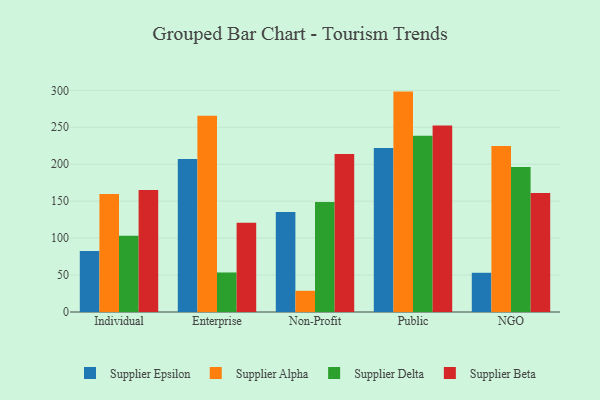
{"axis": {"x": "Segment", "y": "Net Income (USD K)"}, "legend": ["Supplier Alpha", "Supplier Beta", "Supplier Delta", "Supplier Epsilon"], "data": [{"x": "Individual", "y": 82.4, "type": "Supplier Epsilon"}, {"x": "Individual", "y": 159.8, "type": "Supplier Alpha"}, {"x": "Individual", "y": 103.2, "type": "Supplier Delta"}, {"x": "Individual", "y": 165.0, "type": "Supplier Beta"}, {"x": "Enterprise", "y": 207.0, "type": "Supplier Epsilon"}, {"x": "Enterprise", "y": 265.5, "type": "Supplier Alpha"}, {"x": "Enterprise", "y": 53.5, "type": "Supplier Delta"}, {"x": "Enterprise", "y": 120.7, "type": "Supplier Beta"}, {"x": "Non-Profit", "y": 135.2, "type": "Supplier Epsilon"}, {"x": "Non-Profit", "y": 28.7, "type": "Supplier Alpha"}, {"x": "Non-Profit", "y": 148.9, "type": "Supplier Delta"}, {"x": "Non-Profit", "y": 214.0, "type": "Supplier Beta"}, {"x": "Public", "y": 222.0, "type": "Supplier Epsilon"}, {"x": "Public", "y": 298.3, "type": "Supplier Alpha"}, {"x": "Public", "y": 238.6, "type": "Supplier Delta"}, {"x": "Public", "y": 252.5, "type": "Supplier Beta"}, {"x": "NGO", "y": 53.1, "type": "Supplier Epsilon"}, {"x": "NGO", "y": 224.7, "type": "Supplier Alpha"}, {"x": "NGO", "y": 196.1, "type": "Supplier Delta"}, {"x": "NGO", "y": 161.0, "type": "Supplier Beta"}]}